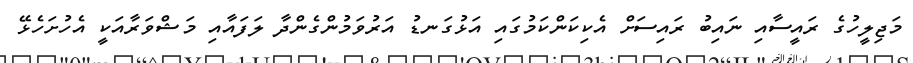
މަޖިލީހުގެ ރައީސާއި ނައިބު ރައިސަށް އެކިކަންކަމުގައި އަޅުގަނޑު އަރުވަމުންގެންދާ ލަފައާއި މަޝްވަރާއަކީ އެހުށަހެޅޭ